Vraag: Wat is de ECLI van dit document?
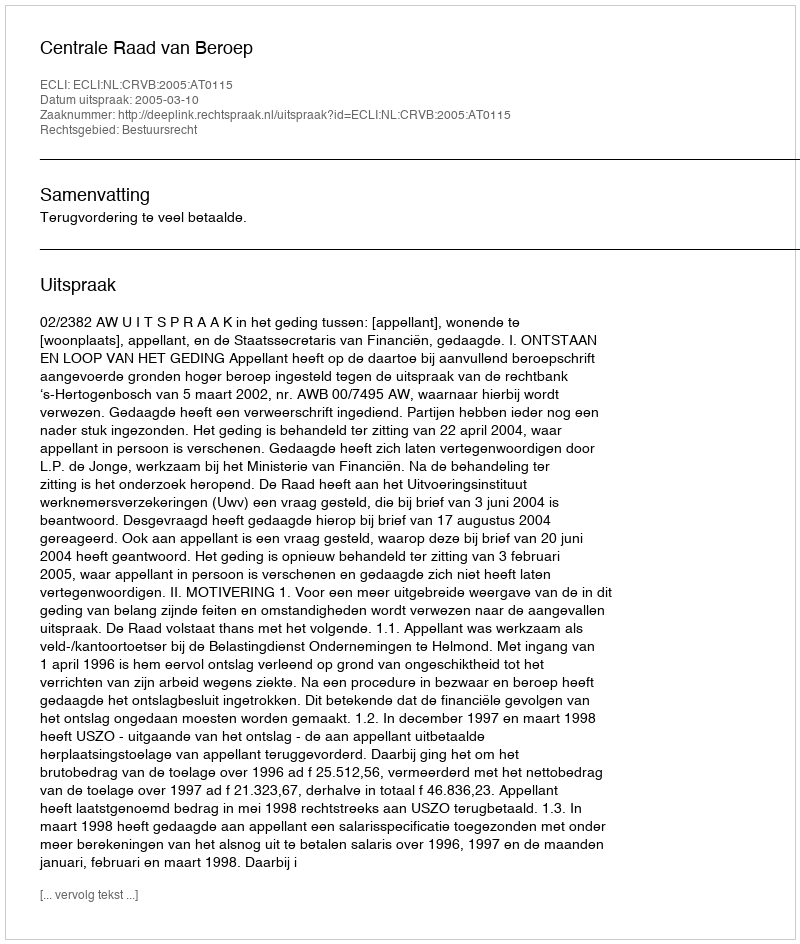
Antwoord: ECLI:NL:CRVB:2005:AT0115